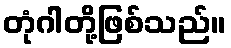
တုံဂါတို့ဖြစ်သည်။